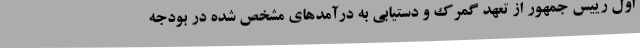
اول رییس جمهور از تعهد گمرک و دستیابی به درآمدهای مشخص شده در بودجه